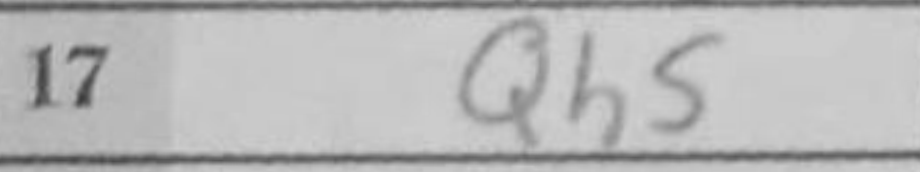
Transcription: Qh5